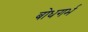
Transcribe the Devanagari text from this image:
बोधगर्भ